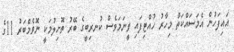
އައިފަހުން އެމަސައްކަތް މިހާރު ހުއްޓިފައި ވީނަމަވެސް ކުނރިބީގެ ބޭރު ތޮށިލުމަކީ ނޮވެމްބަރު 11ގެ